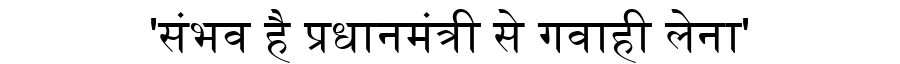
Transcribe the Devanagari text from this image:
'संभव है प्रधानमंत्री से गवाही लेना'